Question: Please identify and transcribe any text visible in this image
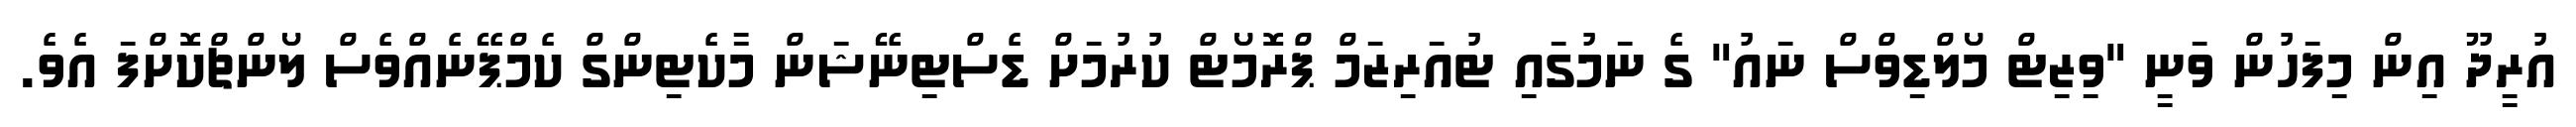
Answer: އުރީދޫ އިން މިފަހުން ވަނީ "ވިޒިޓް މޯލްޑިވްސް ނައު" ގެ ނަމުގައި ޓުއަރިޒަމް ޕްރޮމޯޓް ކުރުމަށް ޑެސްޓިނޭޝަން މާކެޓިންގް ކެމްޕޭނެއްވެސް ލޯންޗްކޮށްފަ އެވެ.